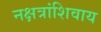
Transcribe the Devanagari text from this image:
नक्षत्रांशिवाय